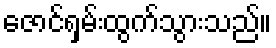
ဇောင်ရှမ်းထွက်သွားသည်။